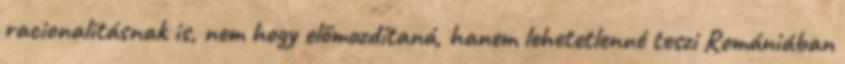
racionalitásnak is, nem hogy előmozdítaná, hanem lehetetlenné teszi Romániában